Civil Veterinary Department ledger series I-VI
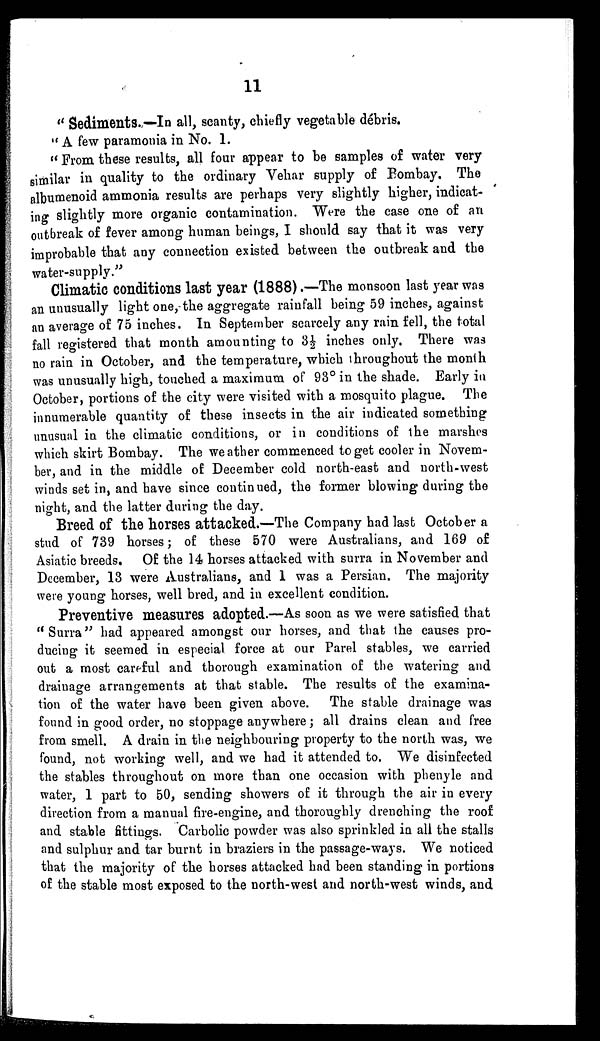
11
"Sediments.—In all, scanty, chiefly vegetable débris.
"A few paramonia in No. 1.
"From these results, all four appear to be samples of water very
similar in quality to the ordinary Vehar supply of Bombay. The
albumenoid ammonia results are perhaps very slightly higher, indicat-
ing slightly more organic contamination. Were the case one of an
outbreak of fever among human beings, I should say that it was very
improbable that any connection existed between the outbreak and the
water-supply."
Climatic conditions last year (1888).—The monsoon last year was
an unusually light one, the aggregate rainfall being 59 inches, against
an average of 75 inches. In September scarcely any rain fell, the total
fall registered that month amounting to 3½ inches only. There was
no rain in October, and the temperature, which throughout the month
was unusually high, touched a maximum of 93° in the shade. Early in
October, portions of the city were visited with a mosquito plague. The
innumerable quantity of these insects in the air indicated something
unusual in the climatic conditions, or in conditions of the marshes
which skirt Bombay. The weather commenced to get cooler in Novem-
ber, and in the middle of December cold north-east and north-west
winds set in, and have since continued, the former blowing during the
night, and the latter during the day.
Breed of the horses attacked.—The Company had last October a
stud of 739 horses; of these 570 were Australians, and 169 of
Asiatic breeds. Of the 14 horses attacked with surra in November and
December, 13 were Australians, and 1 was a Persian. The majority
were young horses, well bred, and in excellent condition.
Preventive measures adopted.—As soon as we were satisfied that
"Surra" had appeared amongst our horses, and that the causes pro-
ducing it seemed in especial force at our Parel stables, we carried
out a most careful and thorough examination of the watering and
drainage arrangements at that stable. The results of the examina-
tion of the water have been given above. The stable drainage was
found in good order, no stoppage anywhere; all drains clean and free
from smell. A drain in the neighbouring property to the north was, we
found, not working well, and we had it attended to. We disinfected
the stables throughout on more than one occasion with phenyle and
water, 1 part to 50, sending showers of it through the air in every
direction from a manual fire-engine, and thoroughly drenching the roof
and stable fittings. Carbolic powder was also sprinkled in all the stalls
and sulphur and tar burnt in braziers in the passage-ways. We noticed
that the majority of the horses attacked had been standing in portions
of the stable most exposed to the north-west and north-west winds, and